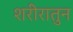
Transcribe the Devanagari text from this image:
शरीरातुन